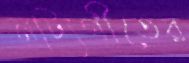
নাট্যগীতের